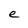
Character: e